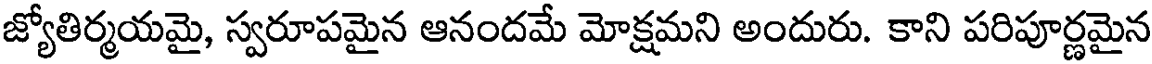
జ్యోతిర్మయమై, స్వరూపమైన ఆనందమే మోక్షమని అందురు. కాని పరిపూర్ణమైన